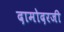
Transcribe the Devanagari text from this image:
दामोदरजी